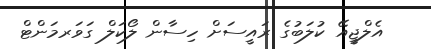
އެލްޖީއޭ ކުލަބުގެ ރައީސަށް ހިސާން ލޯކަލް ގަވަރމަންޓް